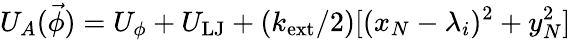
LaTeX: U_{A}(\vec{\phi})=U_{\phi}+U_{\mathrm{LJ}}+(k_{\mathrm{ext}}/2)[(x_{N}-\lambda_{i})^{2}+y_{N}^{2}]